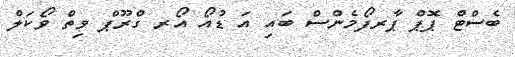
ބެސްޓް ޕޮޕް ޕާރފޯމެންސް ބައި އަ ޑުއޯ އޯރ ގްރޫޕް ވިތް ވޯކަލް